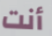
أنت